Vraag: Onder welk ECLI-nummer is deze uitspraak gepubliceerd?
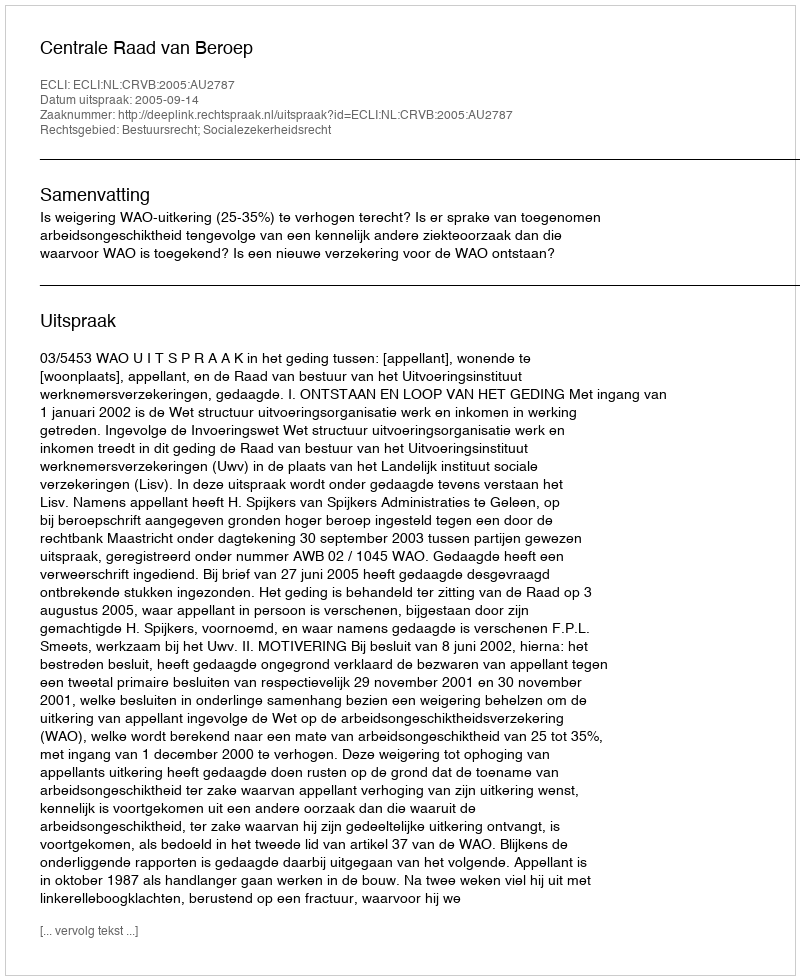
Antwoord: ECLI:NL:CRVB:2005:AU2787